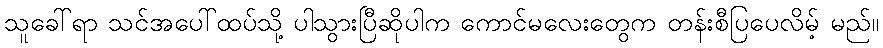
သူခေါ်ရာ သင်အပေါ်ထပ်သို့ ပါသွားပြီဆိုပါက ကောင်မလေးတွေက တန်းစီပြပေလိမ့် မည်။